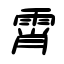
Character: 霄